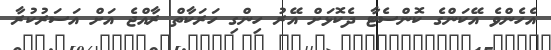
އެހެންވެ އޭކަންގެ ކޮންސެޓާ ދެކޮޅަށް އޭރު ހިންގި ހަރަކާތް ރާއްޖެ އަށް އަސަރުކުރާ